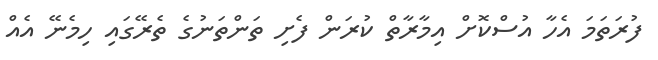
ފުރަތަމަ އެހާ އުސްކޮށް އިމާރާތް ކުރަން ފެށި ތަންތަނުގެ ތެރޭގައި ހިމެނޭ އެއް